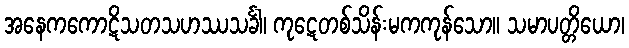
အနေကကောဋိသတသဟဿသင်္ခါ၊ ကုဋေတစ်သိန်းမကကုန်သော။ သမာပတ္တိယော၊